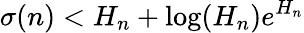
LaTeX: \sigma(n)<H_{n}+\log(H_{n})e^{H_{n}}